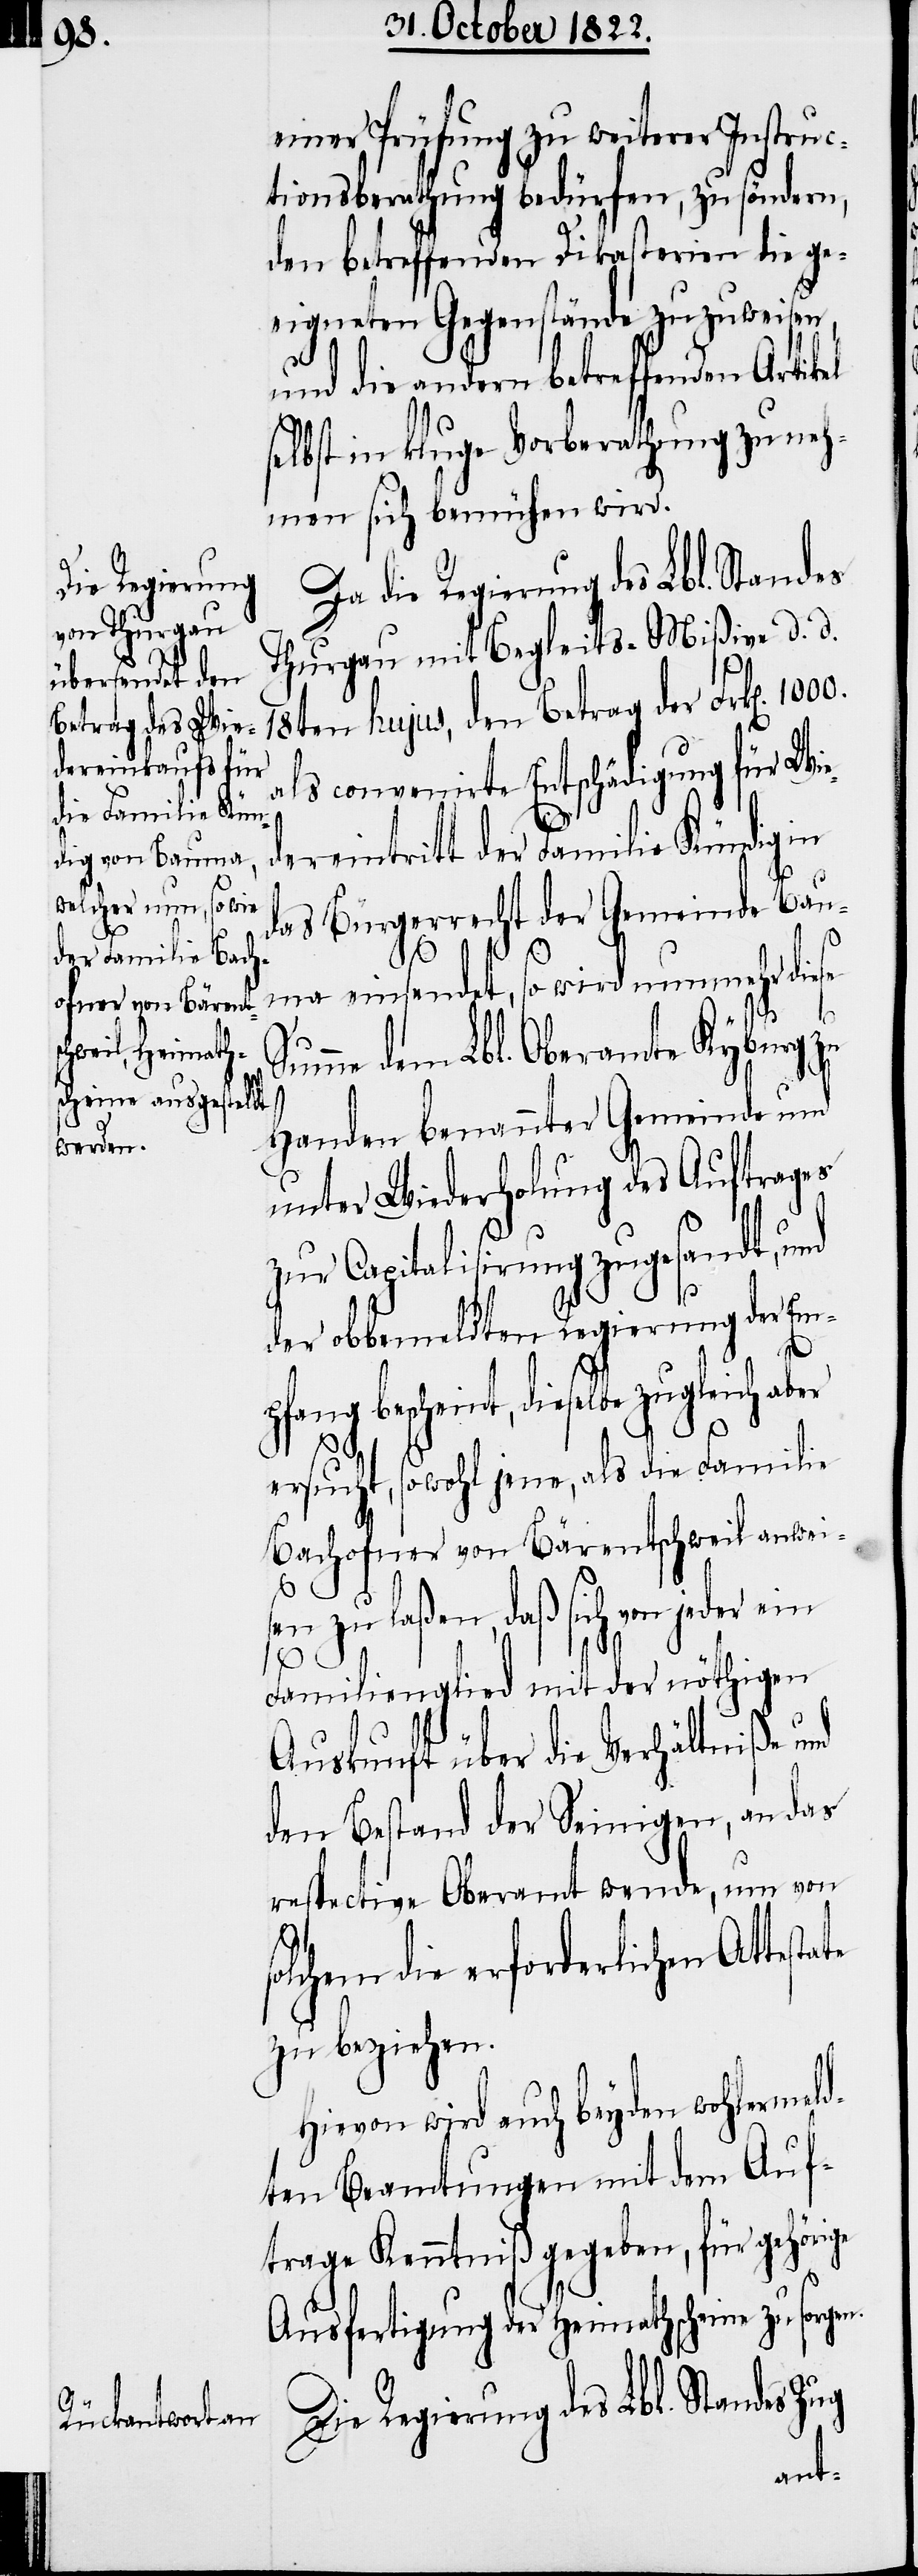
einer Prüfung zu weiterer Instruc¬
tionsberathung bedürfen, zu söndern,
den betreffenden Dikasterien die ge¬
eigneten Gegenstände zuzuweisen
und die andern betreffenden
selbst in kluge Vorberathung zu neh¬
men sich bemühen wird.
Thurgau mit Begleits-Mißive d. d.
18ten hujus, den Betrag der Frk[en].
als convenirte Entschädigung für Wied¬
ereintritt der Familie Kündig in
das Bürgerrecht der Gemeinde Bau¬
te
1000.
ma einsendet, so wird nunmehr diese
umme dem Lbl. Oberamte Kyburg zu
Handen benannter Gemeinde und
unter Wiederholung des Auftrages
zur Capitalisirung zugesandt, und
der obbemeldten Regierung der Em¬
en.
pfang bescheint, dieselbe zugleich aber
S¬
ersucht, sowohl jene, als die Familie
Bachofner von Bärentschweil anwei¬
sen zu laßen, daß sich von jeder ein
Familienglied mit der nöthigen
Auskunft über die Verhältniße und
den Bestand der Seinigen, an das
respective Oberamt wende, um von
olchem die erforderlichen Attesta¬
zu beziehen.
Hievon wird auch beyden wohlermeld¬
ten Beamtungen mit dem Auf¬
trage Kenntniß gegeben, für gehörige
Ausfertigung der Heimathscheine zu sorg¬
Die Regierung des Lbl. Standes Zug